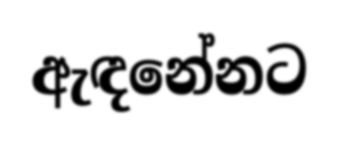
ඇඳනේනට